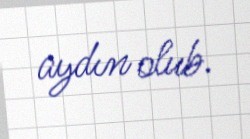
aydın olub.